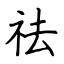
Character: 祛